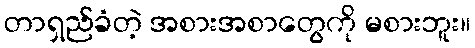
တာရှည်ခံတဲ့ အစားအစာတွေကို မစားဘူး။